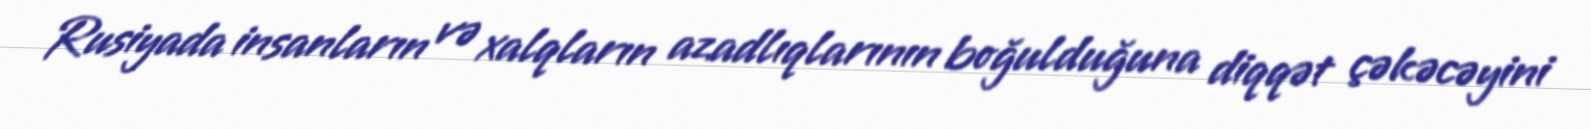
Rusiyada insanların və xalqların azadlıqlarının boğulduğuna diqqət çəkəcəyini